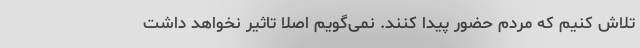
تلاش کنیم که مردم حضور پیدا کنند. نمی‌گویم اصلا تاثیر نخواهد داشت